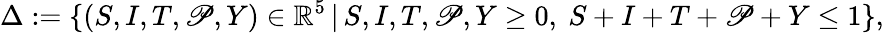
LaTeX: \Delta:=\{ (S,I,T,\mathscr{P},Y)\in\mathbb{{R}}^{5}\, |\, S,I,T,\mathscr{P},Y\geq0,\ S+I+T+\mathscr{P}+Y\leq1\} ,